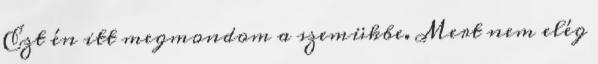
Ezt én itt megmondom a szemükbe. Mert nem elég